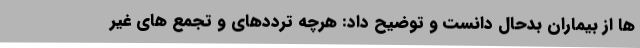
ها از بیماران بدحال دانست و توضیح داد: هرچه ترددهای و تجمع های غیر